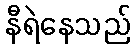
နီရဲနေသည်